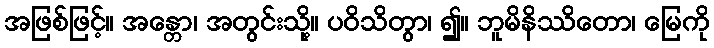
အဖြစ်ဖြင့်။ အန္တော၊ အတွင်းသို့။ ပဝိသိတွာ၊ ၍။ ဘူမိနိဿိတော၊ မြေကို